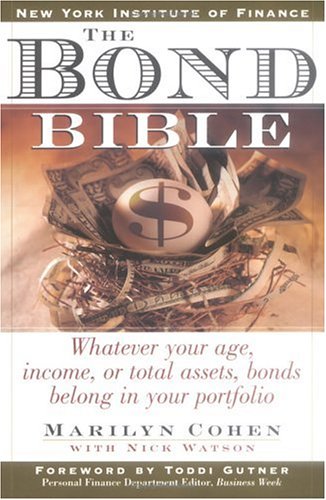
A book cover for The Bond Bible; Marilyn Cohen; Business & Money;